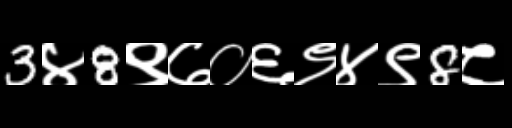
Text: 3४8९७०६९४९8८